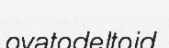
ovatodeltoid